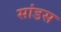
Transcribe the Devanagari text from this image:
सांडस